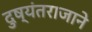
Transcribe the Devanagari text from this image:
दुष्यंतराजाने